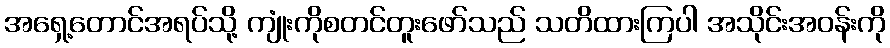
အရှေ့တောင်အရပ်သို့ ကျုံးကိုစတင်တူးဖော်သည် သတိထားကြပါ အသိုင်းအဝန်းကို